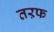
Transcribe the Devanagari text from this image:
तऱफ